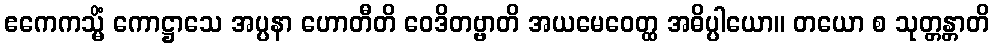
ဧကေကသ္မိံ ကောဋ္ဌာသေ အပ္ပနာ ဟောတီတိ ဝေဒိတဗ္ဗာတိ အယမေဝေတ္ထ အဓိပ္ပါယော။ တယော စ သုတ္တန္တာတိ